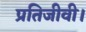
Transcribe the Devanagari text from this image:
प्रतिजीवी।